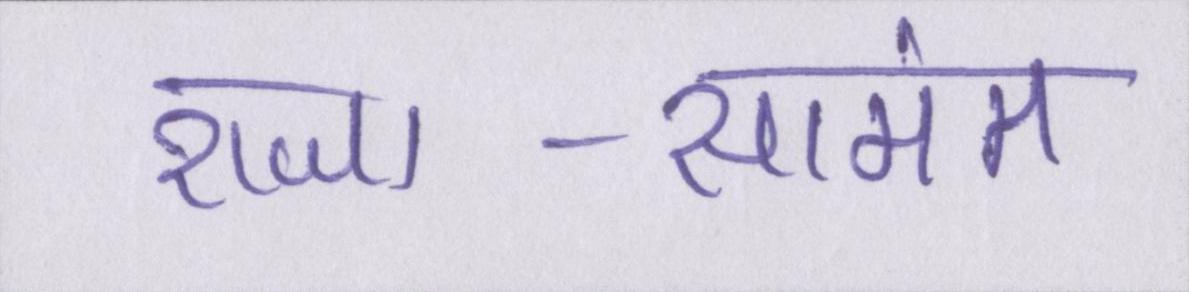
राजा-सामंत